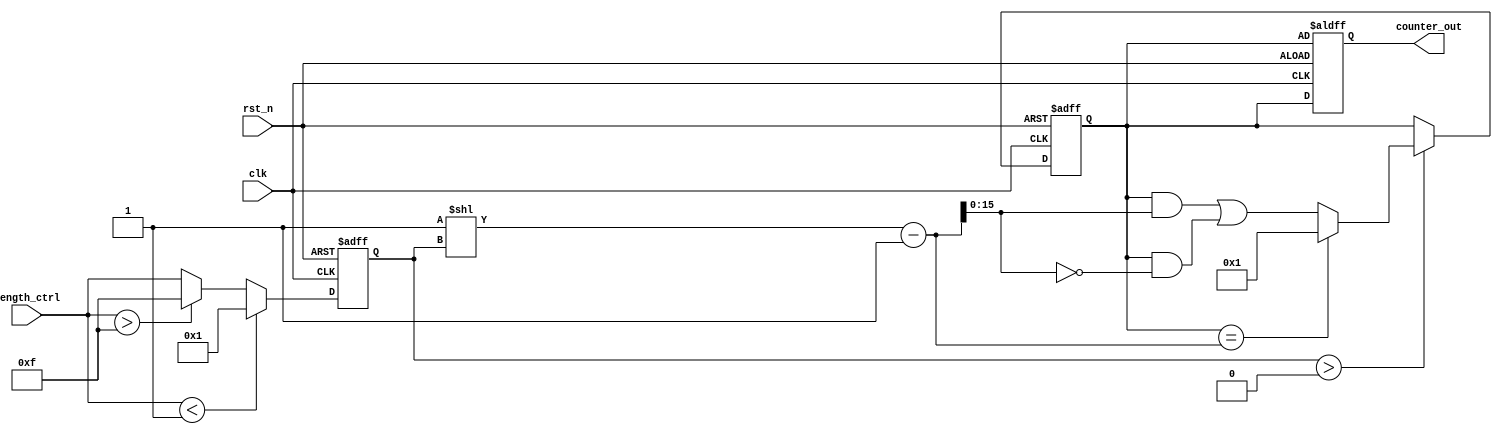
module variable_length_ring_counter (
    input wire clk,                  // Clock input
    input wire rst_n,               // Asynchronous active-low reset
    input wire [3:0] length_ctrl,   // Control input to define the length of the counter (0-15)
    output reg [15:0] counter_out    // Output representing the current state
);

// Parameter definitions for minimum and maximum lengths
parameter MAX_LENGTH = 15;
parameter MIN_LENGTH = 1;

reg [15:0] state; // Internal state register
reg [3:0] effective_length; // Effective length of the counter

// Asynchronous reset logic
always @(posedge clk or negedge rst_n) begin
    if (!rst_n) begin
        state <= 16'b0000_0000_0000_0001; // Initialize to the first state
        counter_out <= state; // Output the initialized state
        effective_length <= MIN_LENGTH; // Default effective length
    end else begin
        // Update effective length based on length_ctrl input
        if (length_ctrl < MIN_LENGTH) 
            effective_length <= MIN_LENGTH;
        else if (length_ctrl > MAX_LENGTH) 
            effective_length <= MAX_LENGTH;
        else 
            effective_length <= length_ctrl;

        // Shift the '1' in the state register
        if (effective_length > 0) begin
            if (state == (1 << effective_length) - 1) // If we've shifted through all valid states
                state <= 16'b0000_0000_0000_0001; // Reset to the first state
            else begin
                // Rotate the '1' to the next position
                state <= (state << 1) | (state >> (16 - 1)); // Shift left and wrap
                // Ensure the '1' only exists within effective length
                state <= (state & ((1 << effective_length) - 1)) | (state & ~((1 << effective_length) - 1));
            end
        end

        // Assign the current state to output
        counter_out <= state;
    end
end

endmodule